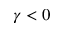
\gamma < 0